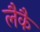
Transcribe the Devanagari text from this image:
लैकै